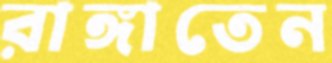
রাঙ্গাতেন